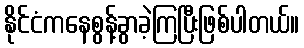
နိုင်ငံကနေစွန့်ခွာခဲ့ကြပြီးဖြစ်ပါတယ်။